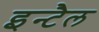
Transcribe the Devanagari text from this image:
इन्टैल